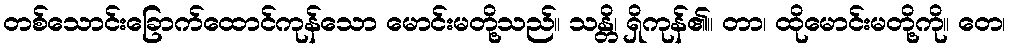
တစ်သောင်းခြောက်ထောင်ကုန်သော မောင်းမတို့သည်။ သန္တိ၊ ရှိကုန်၏။ တာ၊ ထိုမောင်းမတို့ကို။ တေ၊